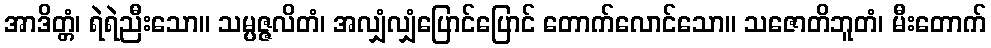
အာဒိတ္တံ၊ ရဲရဲညီးသော။ သမ္ပဇ္ဇလိတံ၊ အလျှံလျှံပြောင်ပြောင် တောက်လောင်သော။ သဇောတိဘူတံ၊ မီးတောက်